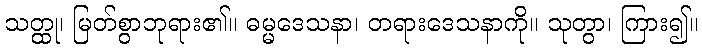
သတ္ထု၊ မြတ်စွာဘုရား၏။ ဓမ္မဒေသနာ၊ တရားဒေသနာကို။ သုတွာ၊ ကြား၍။